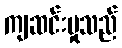
ကျဆင်းမှုသည်